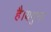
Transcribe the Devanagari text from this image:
है।यमुना